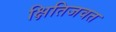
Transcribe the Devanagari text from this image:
क्षितिजवत